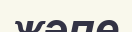
жәпе